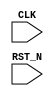
//
// Generated by Bluespec Compiler (build cd96b228)
//
// On Sun May 30 12:28:29 IST 2021
//
//
// Ports:
// Name                         I/O  size props
// CLK                            I     1 clock
// RST_N                          I     1 reset
//
// No combinational paths from inputs to outputs
//
//

`ifdef BSV_ASSIGNMENT_DELAY
`else
  `define BSV_ASSIGNMENT_DELAY
`endif

`ifdef BSV_POSITIVE_RESET
  `define BSV_RESET_VALUE 1'b1
  `define BSV_RESET_EDGE posedge
`else
  `define BSV_RESET_VALUE 1'b0
  `define BSV_RESET_EDGE negedge
`endif

module mkTestBench(CLK,
		   RST_N);
  input  CLK;
  input  RST_N;

  // inlined wires
  reg [3 : 0] counter_counter$port0__write_1;
  wire [3 : 0] counter_counter$port1__write_1, counter_counter$port2__read;
  wire counter_counter$EN_port0__write, counter_counter$EN_port1__write;

  // register counter_counter
  reg [3 : 0] counter_counter;
  wire [3 : 0] counter_counter$D_IN;
  wire counter_counter$EN;

  // register flag1
  reg flag1;
  wire flag1$D_IN, flag1$EN;

  // register flag2
  reg flag2;
  wire flag2$D_IN, flag2$EN;

  // register step
  reg [31 : 0] step;
  reg [31 : 0] step$D_IN;
  wire step$EN;

  // rule scheduling signals
  wire WILL_FIRE_RL_r4, WILL_FIRE_RL_r5, WILL_FIRE_RL_r6;

  // inputs to muxes for submodule ports
  wire [3 : 0] MUX_counter_counter$port0__write_1__VAL_1,
	       MUX_counter_counter$port0__write_1__VAL_2,
	       MUX_counter_counter$port0__write_1__VAL_3,
	       MUX_counter_counter$port0__write_1__VAL_4,
	       MUX_counter_counter$port1__write_1__VAL_1,
	       MUX_counter_counter$port1__write_1__VAL_2;
  wire MUX_counter_counter$port0__write_1__SEL_1;

  // remaining internal signals
  wire [4 : 0] SEXT_counter_counter_port0__read_PLUS_24___d20,
	       SEXT_counter_counter_port0__read_PLUS_2___d5,
	       SEXT_counter_counter_port0__read_PLUS_4___d31,
	       SEXT_counter_counter_port0__read_PLUS_7___d13,
	       SEXT_counter_counter_port0__read_____d4,
	       SEXT_counter_counter_port1__read__0_1_PLUS_28___d51,
	       SEXT_counter_counter_port1__read__0_1_PLUS_7___d42,
	       SEXT_counter_counter_port1__read__0___d41;
  wire [3 : 0] b__h1507;

  // rule RL_r4
  assign WILL_FIRE_RL_r4 = step == 32'd4 && !flag1 ;

  // rule RL_r5
  assign WILL_FIRE_RL_r5 = step == 32'd4 && !flag2 ;

  // rule RL_r6
  assign WILL_FIRE_RL_r6 = step == 32'd4 && flag1 && flag2 ;

  // inputs to muxes for submodule ports
  assign MUX_counter_counter$port0__write_1__SEL_1 =
	     step == 32'd3 || step == 32'd2 ;
  assign MUX_counter_counter$port0__write_1__VAL_1 =
	     ((SEXT_counter_counter_port0__read_PLUS_24___d20 ^ 5'h10) <=
	      5'd23) ?
	       (((SEXT_counter_counter_port0__read_PLUS_24___d20 ^ 5'h10) <
		 5'd8) ?
		  4'd8 :
		  SEXT_counter_counter_port0__read_PLUS_24___d20[3:0]) :
	       4'd7 ;
  assign MUX_counter_counter$port0__write_1__VAL_2 =
	     ((SEXT_counter_counter_port0__read_PLUS_2___d5 ^ 5'h10) <=
	      5'd23) ?
	       (((SEXT_counter_counter_port0__read_PLUS_2___d5 ^ 5'h10) <
		 5'd8) ?
		  4'd8 :
		  SEXT_counter_counter_port0__read_PLUS_2___d5[3:0]) :
	       4'd7 ;
  assign MUX_counter_counter$port0__write_1__VAL_3 =
	     ((SEXT_counter_counter_port0__read_PLUS_7___d13 ^ 5'h10) <=
	      5'd23) ?
	       (((SEXT_counter_counter_port0__read_PLUS_7___d13 ^ 5'h10) <
		 5'd8) ?
		  4'd8 :
		  SEXT_counter_counter_port0__read_PLUS_7___d13[3:0]) :
	       4'd7 ;
  assign MUX_counter_counter$port0__write_1__VAL_4 =
	     ((SEXT_counter_counter_port0__read_PLUS_4___d31 ^ 5'h10) <=
	      5'd23) ?
	       (((SEXT_counter_counter_port0__read_PLUS_4___d31 ^ 5'h10) <
		 5'd8) ?
		  4'd8 :
		  SEXT_counter_counter_port0__read_PLUS_4___d31[3:0]) :
	       4'd7 ;
  assign MUX_counter_counter$port1__write_1__VAL_1 =
	     ((SEXT_counter_counter_port1__read__0_1_PLUS_7___d42 ^ 5'h10) <=
	      5'd23) ?
	       (((SEXT_counter_counter_port1__read__0_1_PLUS_7___d42 ^
		  5'h10) <
		 5'd8) ?
		  4'd8 :
		  SEXT_counter_counter_port1__read__0_1_PLUS_7___d42[3:0]) :
	       4'd7 ;
  assign MUX_counter_counter$port1__write_1__VAL_2 =
	     ((SEXT_counter_counter_port1__read__0_1_PLUS_28___d51 ^ 5'h10) <=
	      5'd23) ?
	       (((SEXT_counter_counter_port1__read__0_1_PLUS_28___d51 ^
		  5'h10) <
		 5'd8) ?
		  4'd8 :
		  SEXT_counter_counter_port1__read__0_1_PLUS_28___d51[3:0]) :
	       4'd7 ;

  // inlined wires
  assign counter_counter$EN_port0__write =
	     step == 32'd3 || step == 32'd2 || step == 32'd0 ||
	     step == 32'd1 ||
	     WILL_FIRE_RL_r4 ;
  always@(MUX_counter_counter$port0__write_1__SEL_1 or
	  MUX_counter_counter$port0__write_1__VAL_1 or
	  step or
	  MUX_counter_counter$port0__write_1__VAL_2 or
	  MUX_counter_counter$port0__write_1__VAL_3 or
	  WILL_FIRE_RL_r4 or MUX_counter_counter$port0__write_1__VAL_4)
  begin
    case (1'b1) // synopsys parallel_case
      MUX_counter_counter$port0__write_1__SEL_1:
	  counter_counter$port0__write_1 =
	      MUX_counter_counter$port0__write_1__VAL_1;
      step == 32'd0:
	  counter_counter$port0__write_1 =
	      MUX_counter_counter$port0__write_1__VAL_2;
      step == 32'd1:
	  counter_counter$port0__write_1 =
	      MUX_counter_counter$port0__write_1__VAL_3;
      WILL_FIRE_RL_r4:
	  counter_counter$port0__write_1 =
	      MUX_counter_counter$port0__write_1__VAL_4;
      default: counter_counter$port0__write_1 =
		   4'b1010 /* unspecified value */ ;
    endcase
  end
  assign counter_counter$EN_port1__write =
	     WILL_FIRE_RL_r5 || WILL_FIRE_RL_r6 ;
  assign counter_counter$port1__write_1 =
	     WILL_FIRE_RL_r5 ?
	       MUX_counter_counter$port1__write_1__VAL_1 :
	       MUX_counter_counter$port1__write_1__VAL_2 ;
  assign counter_counter$port2__read =
	     counter_counter$EN_port1__write ?
	       counter_counter$port1__write_1 :
	       b__h1507 ;

  // register counter_counter
  assign counter_counter$D_IN = counter_counter$port2__read ;
  assign counter_counter$EN = 1'b1 ;

  // register flag1
  assign flag1$D_IN = 1'd1 ;
  assign flag1$EN = WILL_FIRE_RL_r4 ;

  // register flag2
  assign flag2$D_IN = 1'd1 ;
  assign flag2$EN = WILL_FIRE_RL_r5 ;

  // register step
  always@(step)
  begin
    case (1'b1) // synopsys parallel_case
      step == 32'd0: step$D_IN = 32'd1;
      step == 32'd1: step$D_IN = 32'd2;
      step == 32'd2: step$D_IN = 32'd3;
      step == 32'd3: step$D_IN = 32'd4;
      default: step$D_IN = 32'hAAAAAAAA /* unspecified value */ ;
    endcase
  end
  assign step$EN =
	     step == 32'd0 || step == 32'd1 || step == 32'd2 ||
	     step == 32'd3 ;

  // remaining internal signals
  assign SEXT_counter_counter_port0__read_PLUS_24___d20 =
	     SEXT_counter_counter_port0__read_____d4 + 5'd24 ;
  assign SEXT_counter_counter_port0__read_PLUS_2___d5 =
	     SEXT_counter_counter_port0__read_____d4 + 5'd2 ;
  assign SEXT_counter_counter_port0__read_PLUS_4___d31 =
	     SEXT_counter_counter_port0__read_____d4 + 5'd4 ;
  assign SEXT_counter_counter_port0__read_PLUS_7___d13 =
	     SEXT_counter_counter_port0__read_____d4 + 5'd7 ;
  assign SEXT_counter_counter_port0__read_____d4 =
	     { counter_counter[3], counter_counter } ;
  assign SEXT_counter_counter_port1__read__0_1_PLUS_28___d51 =
	     SEXT_counter_counter_port1__read__0___d41 + 5'd28 ;
  assign SEXT_counter_counter_port1__read__0_1_PLUS_7___d42 =
	     SEXT_counter_counter_port1__read__0___d41 + 5'd7 ;
  assign SEXT_counter_counter_port1__read__0___d41 =
	     { b__h1507[3], b__h1507 } ;
  assign b__h1507 =
	     counter_counter$EN_port0__write ?
	       counter_counter$port0__write_1 :
	       counter_counter ;

  // handling of inlined registers

  always@(posedge CLK)
  begin
    if (RST_N == `BSV_RESET_VALUE)
      begin
        counter_counter <= `BSV_ASSIGNMENT_DELAY 4'd0;
	flag1 <= `BSV_ASSIGNMENT_DELAY 1'd0;
	flag2 <= `BSV_ASSIGNMENT_DELAY 1'd0;
	step <= `BSV_ASSIGNMENT_DELAY 32'd0;
      end
    else
      begin
        if (counter_counter$EN)
	  counter_counter <= `BSV_ASSIGNMENT_DELAY counter_counter$D_IN;
	if (flag1$EN) flag1 <= `BSV_ASSIGNMENT_DELAY flag1$D_IN;
	if (flag2$EN) flag2 <= `BSV_ASSIGNMENT_DELAY flag2$D_IN;
	if (step$EN) step <= `BSV_ASSIGNMENT_DELAY step$D_IN;
      end
  end

  // synopsys translate_off
  `ifdef BSV_NO_INITIAL_BLOCKS
  `else // not BSV_NO_INITIAL_BLOCKS
  initial
  begin
    counter_counter = 4'hA;
    flag1 = 1'h0;
    flag2 = 1'h0;
    step = 32'hAAAAAAAA;
  end
  `endif // BSV_NO_INITIAL_BLOCKS
  // synopsys translate_on

  // handling of system tasks

  // synopsys translate_off
  always@(negedge CLK)
  begin
    #0;
    if (RST_N != `BSV_RESET_VALUE)
      if (step == 32'd0) $display($signed(counter_counter));
    if (RST_N != `BSV_RESET_VALUE)
      if (step == 32'd1) $display($signed(counter_counter));
    if (RST_N != `BSV_RESET_VALUE)
      if (step == 32'd2) $display($signed(counter_counter));
    if (RST_N != `BSV_RESET_VALUE)
      if (step == 32'd3) $display($signed(counter_counter));
    if (RST_N != `BSV_RESET_VALUE)
      if (WILL_FIRE_RL_r4) $display($signed(counter_counter));
    if (RST_N != `BSV_RESET_VALUE)
      if (WILL_FIRE_RL_r5) $display($signed(b__h1507));
    if (RST_N != `BSV_RESET_VALUE)
      if (WILL_FIRE_RL_r6) $display($signed(b__h1507));
    if (RST_N != `BSV_RESET_VALUE) if (WILL_FIRE_RL_r6) $finish(32'd1);
  end
  // synopsys translate_on
endmodule  // mkTestBench